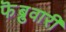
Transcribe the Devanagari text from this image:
फॆब्रुवारी